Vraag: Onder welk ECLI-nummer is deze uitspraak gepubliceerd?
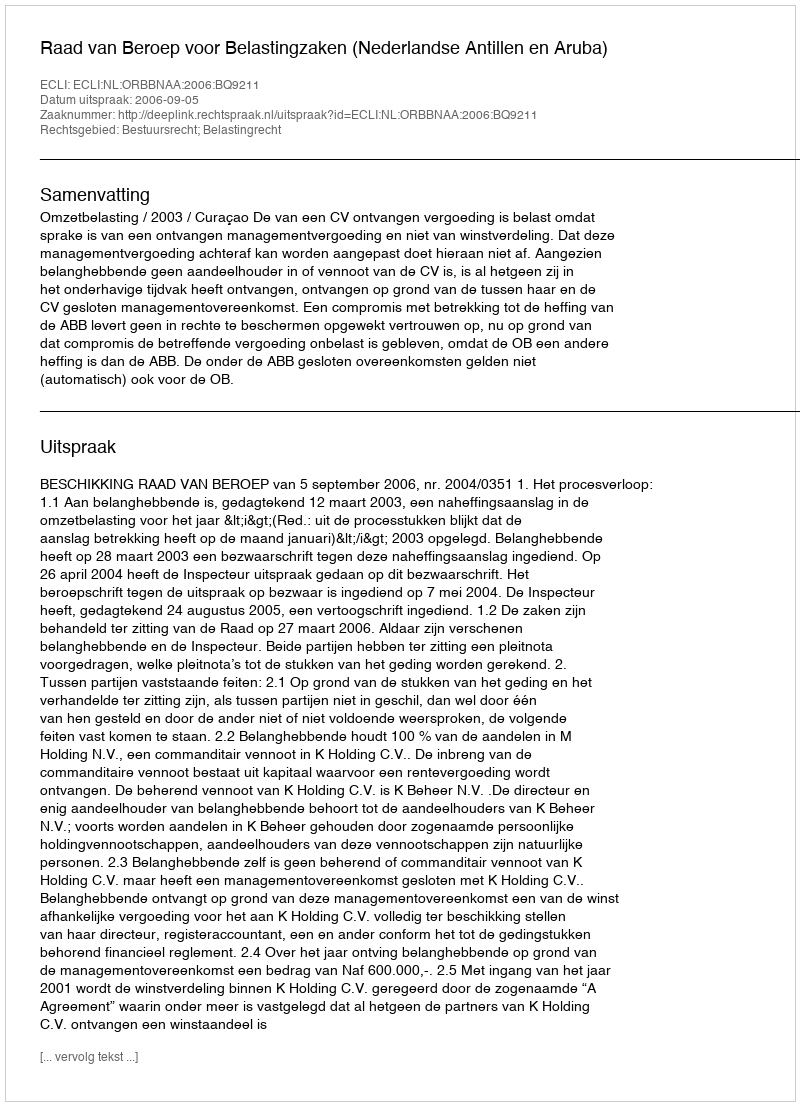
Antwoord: ECLI:NL:ORBBNAA:2006:BQ9211